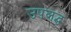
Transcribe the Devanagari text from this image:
उपलद्ध